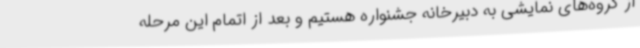
از گروه‌های نمایشی به دبیرخانه جشنواره هستیم و بعد از اتمام این مرحله